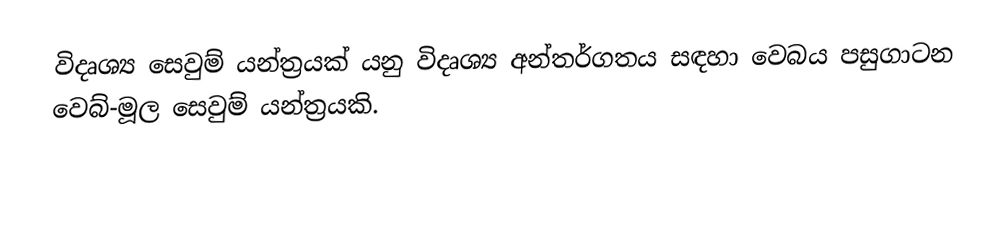
විදෘශ්‍ය සෙවුම් යන්ත්‍රයක් යනු  විදෘශ්‍ය අන්තර්ගතය සඳහා වෙබය  පසුගාටන  වෙබ්-මූල සෙවුම් යන්ත්‍රයකි.